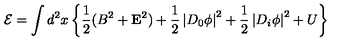
{ \cal E } = \int d ^ { 2 } x \left\{ \frac 1 2 ( B ^ { 2 } + { \bf E } ^ { 2 } ) + \frac 1 2 \left| D _ { 0 } \phi \right| ^ { 2 } + \frac 1 2 \left| D _ { i } \phi \right| ^ { 2 } + U \right\}